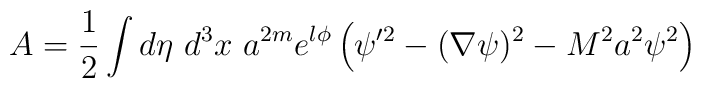
A={\small\frac{1}{2}} \int d\eta\ d^3x\ a^{2m}e^{l\phi }\left( \psi ^{\prime 2}- (\nabla \psi )^2-M^2 a^2 \psi ^2\right)